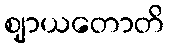
ဈာယတောတိ